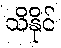
သိနိုင်